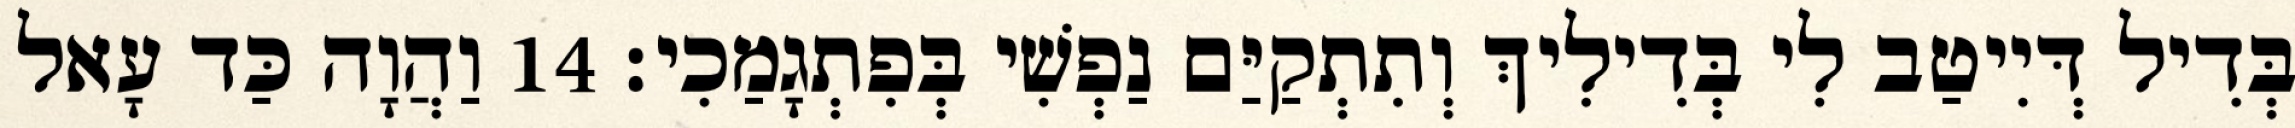
בְּדִיל דְּיִיטַב לִי בְּדִילִיךְ וְתִתְקַיַּם נַפְשִׁי בְּפִתְגָמַכִי׃ 14 וַהֲוָה כַּד עָאל